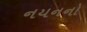
નયનનો